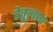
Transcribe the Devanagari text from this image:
हेतूलाच